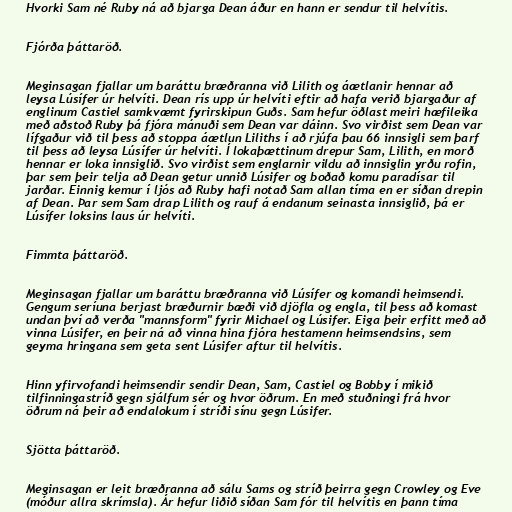
Hvorki Sam né Ruby ná að bjarga Dean áður en hann er sendur til helvítis.

Fjórða þáttaröð.

Meginsagan fjallar um baráttu bræðranna við Lilith og áætlanir hennar að
leysa Lúsífer úr helvíti. Dean rís upp úr helvíti eftir að hafa verið bjargaður af
englinum Castiel samkvæmt fyrirskipun Guðs. Sam hefur öðlast meiri hæfileika
með aðstoð Ruby þá fjóra mánuði sem Dean var dáinn. Svo virðist sem Dean var
lífgaður við til þess að stoppa áætlun Liliths í að rjúfa þau 66 innsigli sem þarf
til þess að leysa Lúsífer úr helvíti. Í lokaþættinum drepur Sam, Lilith, en morð
hennar er loka innsiglið. Svo virðist sem englarnir vildu að innsiglin yrðu rofin,
þar sem þeir telja að Dean getur unnið Lúsifer og boðað komu paradísar til
jarðar. Einnig kemur í ljós að Ruby hafi notað Sam allan tíma en er síðan drepin
af Dean. Þar sem Sam drap Lilith og rauf á endanum seinasta innsiglið, þá er
Lúsífer loksins laus úr helvíti.

Fimmta þáttaröð.

Meginsagan fjallar um baráttu bræðranna við Lúsífer og komandi heimsendi.
Gengum seríuna berjast bræðurnir bæði við djöfla og engla, til þess að komast
undan því að verða "mannsform" fyrir Michael og Lúsifer. Eiga þeir erfitt með að
vinna Lúsifer, en þeir ná að vinna hina fjóra hestamenn heimsendsins, sem
geyma hringana sem geta sent Lúsifer aftur til helvítis.

Hinn yfirvofandi heimsendir sendir Dean, Sam, Castiel og Bobby í mikið
tilfinningastríð gegn sjálfum sér og hvor öðrum. En með stuðningi frá hvor
öðrum ná þeir að endalokum í stríði sínu gegn Lúsifer.

Sjötta þáttaröð.

Meginsagan er leit bræðranna að sálu Sams og stríð þeirra gegn Crowley og Eve
(móður allra skrímsla). Ár hefur liðið síðan Sam fór til helvítis en þann tíma